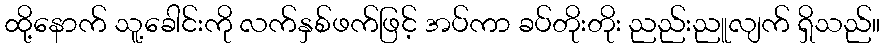
ထို့နောက် သူ့ခေါင်းကို လက်နှစ်ဖက်ဖြင့် အပ်ကာ ခပ်တိုးတိုး ညည်းညူလျက် ရှိသည်။